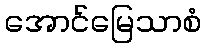
အောင်မြေသာစံ